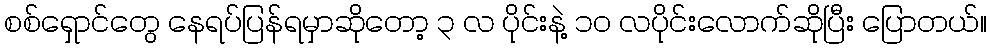
စစ်ရှောင်တွေ နေရပ်ပြန်ရမှာဆိုတော့ ၃ လ ပိုင်းနဲ့ ၁၀ လပိုင်းလောက်ဆိုပြီး ပြောတယ်။